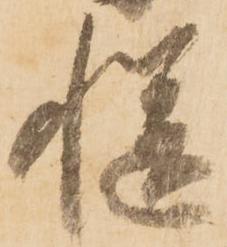
慥